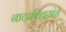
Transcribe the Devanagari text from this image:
नाट्यविषयांचे